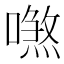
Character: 𠿼